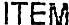
ITEM